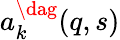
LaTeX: a_{k}^{\dag}(q,s)